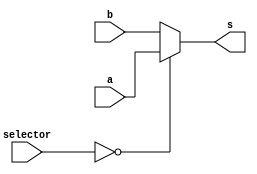
module mux(
	input [3:0] a,
	input [3:0] b,
	input [1:0] selector,
	output [3:0] s
);

assign s = (selector == 1'b0) ? a : b;

endmodule